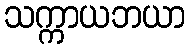
သက္ကာယဘယာ